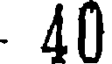
. 40